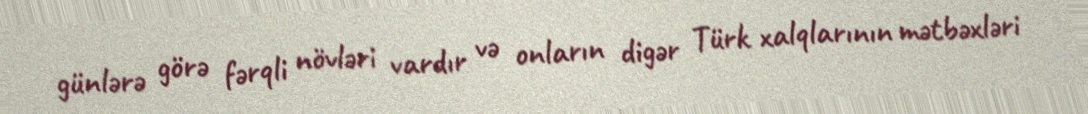
günlərə görə fərqli növləri vardır və onların digər Türk xalqlarının mətbəxləri